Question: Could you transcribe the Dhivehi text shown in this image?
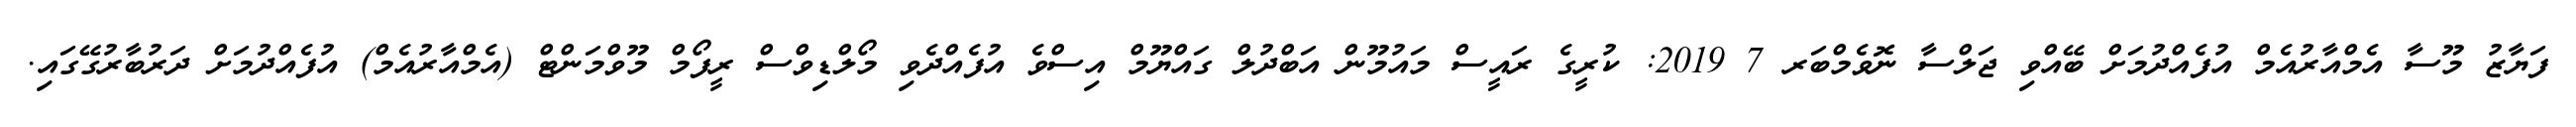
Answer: ފަޔާޒު މޫސާ އެމްއާރުއެމް އުފެއްދުމަށް ބޭއްވި ޖަލްސާ ނޮވެމްބަރ 7 2019: ކުރީގެ ރައީސް މައުމޫން އަބްދުލް ގައްޔޫމް އިސްވެ އުފެއްދެވި މޯލްޑިވްސް ރީފޯމް މޫވްމަންޓް (އެމްއާރުއެމް) އުފެއްދުމަށް ދަރުބާރުގޭގައި.